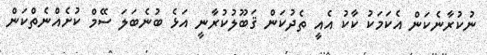
ނުކުރާނެކަން އެކަމަކު ކާކު އެއީ ތެދުކަން ޤަބޫލުކުރާނީ އަޅެ ބުނެބަލަ ސޭމް ކުށެއްނެތްކަން